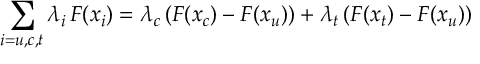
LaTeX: \sum _ { i = u , c , t } \lambda _ { i } \, F ( x _ { i } ) = \lambda _ { c } \, ( F ( x _ { c } ) - F ( x _ { u } ) ) + \lambda _ { t } \, ( F ( x _ { t } ) - F ( x _ { u } ) )